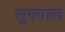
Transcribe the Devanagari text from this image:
शूपपाल